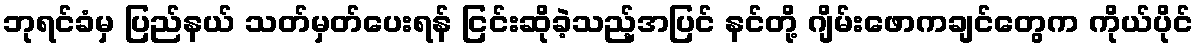
ဘုရင်ခံမှ ပြည်နယ် သတ်မှတ်ပေးရန် ငြင်းဆိုခဲ့သည့်အပြင် နင်တို့ ဂျိမ်းဖောကချင်တွေက ကိုယ်ပိုင်